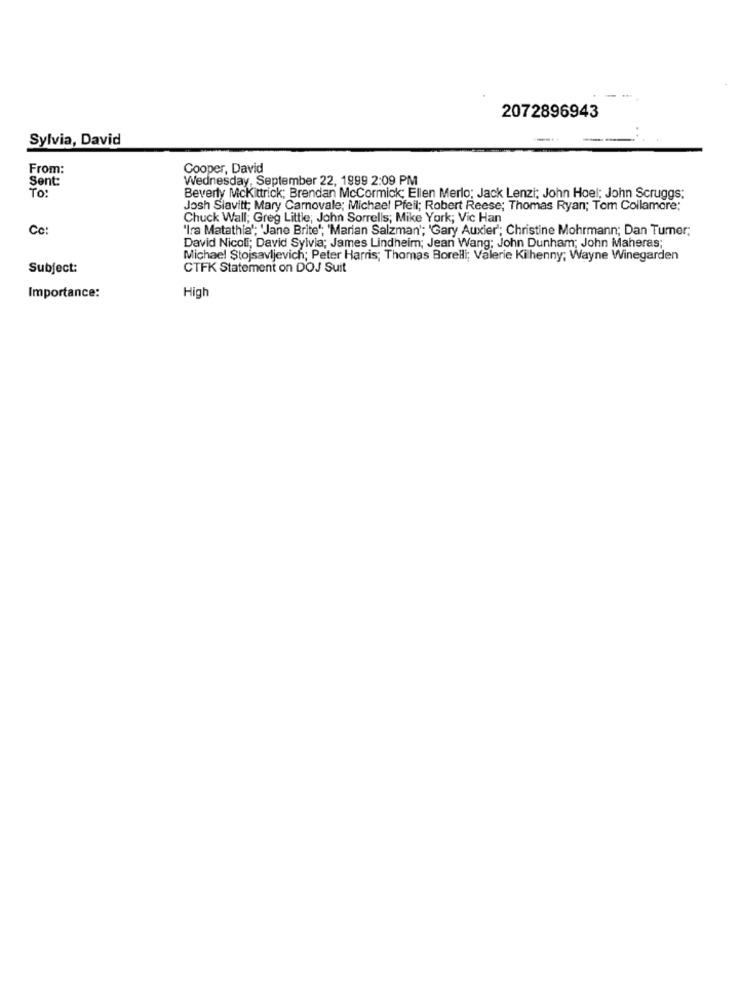
2072896943
Sylvia, David
From:
Cooper, David
Sent:
Wednesday, September 22, 1999 2:09 PM
To:
Beverly Mckittrick; Brendan McCormick; Ellen Merlo; Jack Lenzi; John Hoel; John Scruggs:
Josh Slavitt; Mary Carnovale; Michael Pfeil; Robert Reese; Thomas Ryan; Tom Collamore;
Chuck Wall; Greg Little; John Sorrells; Mike York; Vic Han
Cc:
"Ira Matathia'; 'Jane Brite'; 'Marian Salzman'; 'Gary Auxier'; Christine Mohrmann; Dan Turner;
David Nicoli; David Sylvia; James Lindheim; Jean Wang; John Dunham; John Maheras;
Michael Stojsavljevich; Peter Harris; Thomas Borelli; Valerie Ki henny; Wayne Winegarden
Subject:
CTFK Statement on DOJ Suit
Importance:
High